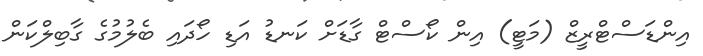
އިންޑަސްޓްރީޒް (މަޓީ) އިން ކޯސްޓް ގާޑަށް ކަނޑު އަޑި ހޯދައި ބެލުމުގެ ގާބިލްކަން